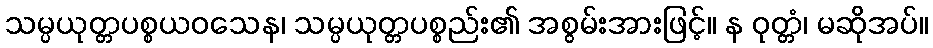
သမ္ပယုတ္တပစ္စယဝသေန၊ သမ္ပယုတ္တပစ္စည်း၏ အစွမ်းအားဖြင့်။ န ဝုတ္တံ၊ မဆိုအပ်။